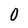
Character: O